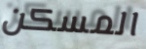
المسكن